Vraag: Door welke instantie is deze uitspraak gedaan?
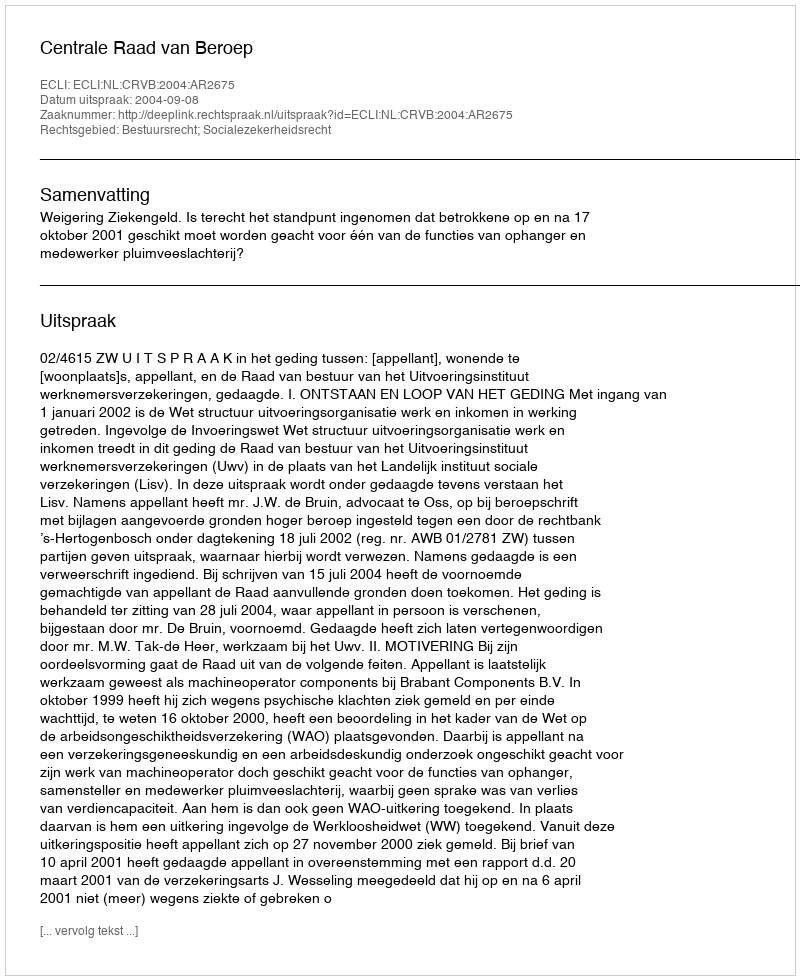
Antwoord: Centrale Raad van Beroep